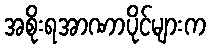
အစိုးရအာဏာပိုင်များက